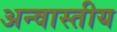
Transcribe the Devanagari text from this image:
अन्वास्तीय